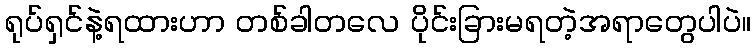
ရုပ်ရှင်နဲ့ရထားဟာ တစ်ခါတလေ ပိုင်းခြားမရတဲ့အရာတွေပါပဲ။